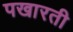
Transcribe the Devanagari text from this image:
पखारती